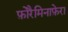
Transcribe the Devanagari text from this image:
फ़ोरैमिनाफ़ेरा